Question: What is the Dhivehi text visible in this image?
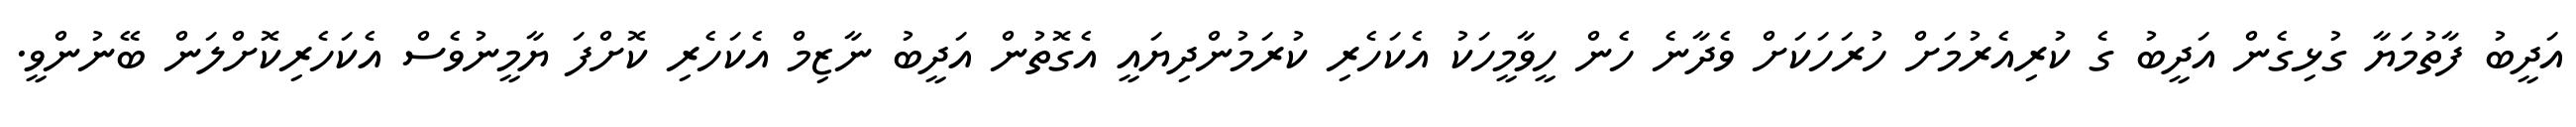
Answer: އަދީބު ފާތުމަޔާ ގުޅިގެން އަދީބު ގެ ކުރިއެރުމަށް ހުރަހަކަށް ވެދާނެ ހެން ހީވާމީހަކު އެކަހެރި ކުރަމުންދިޔައީ އެގޮތުން އަދީބު ނާޒިމް އެކަހެރި ކޮށްފަ ޔާމީނުވެސް އެކަހެރިކޮށްލަން ބޭނުންވީ.